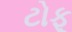
ટોફૂ